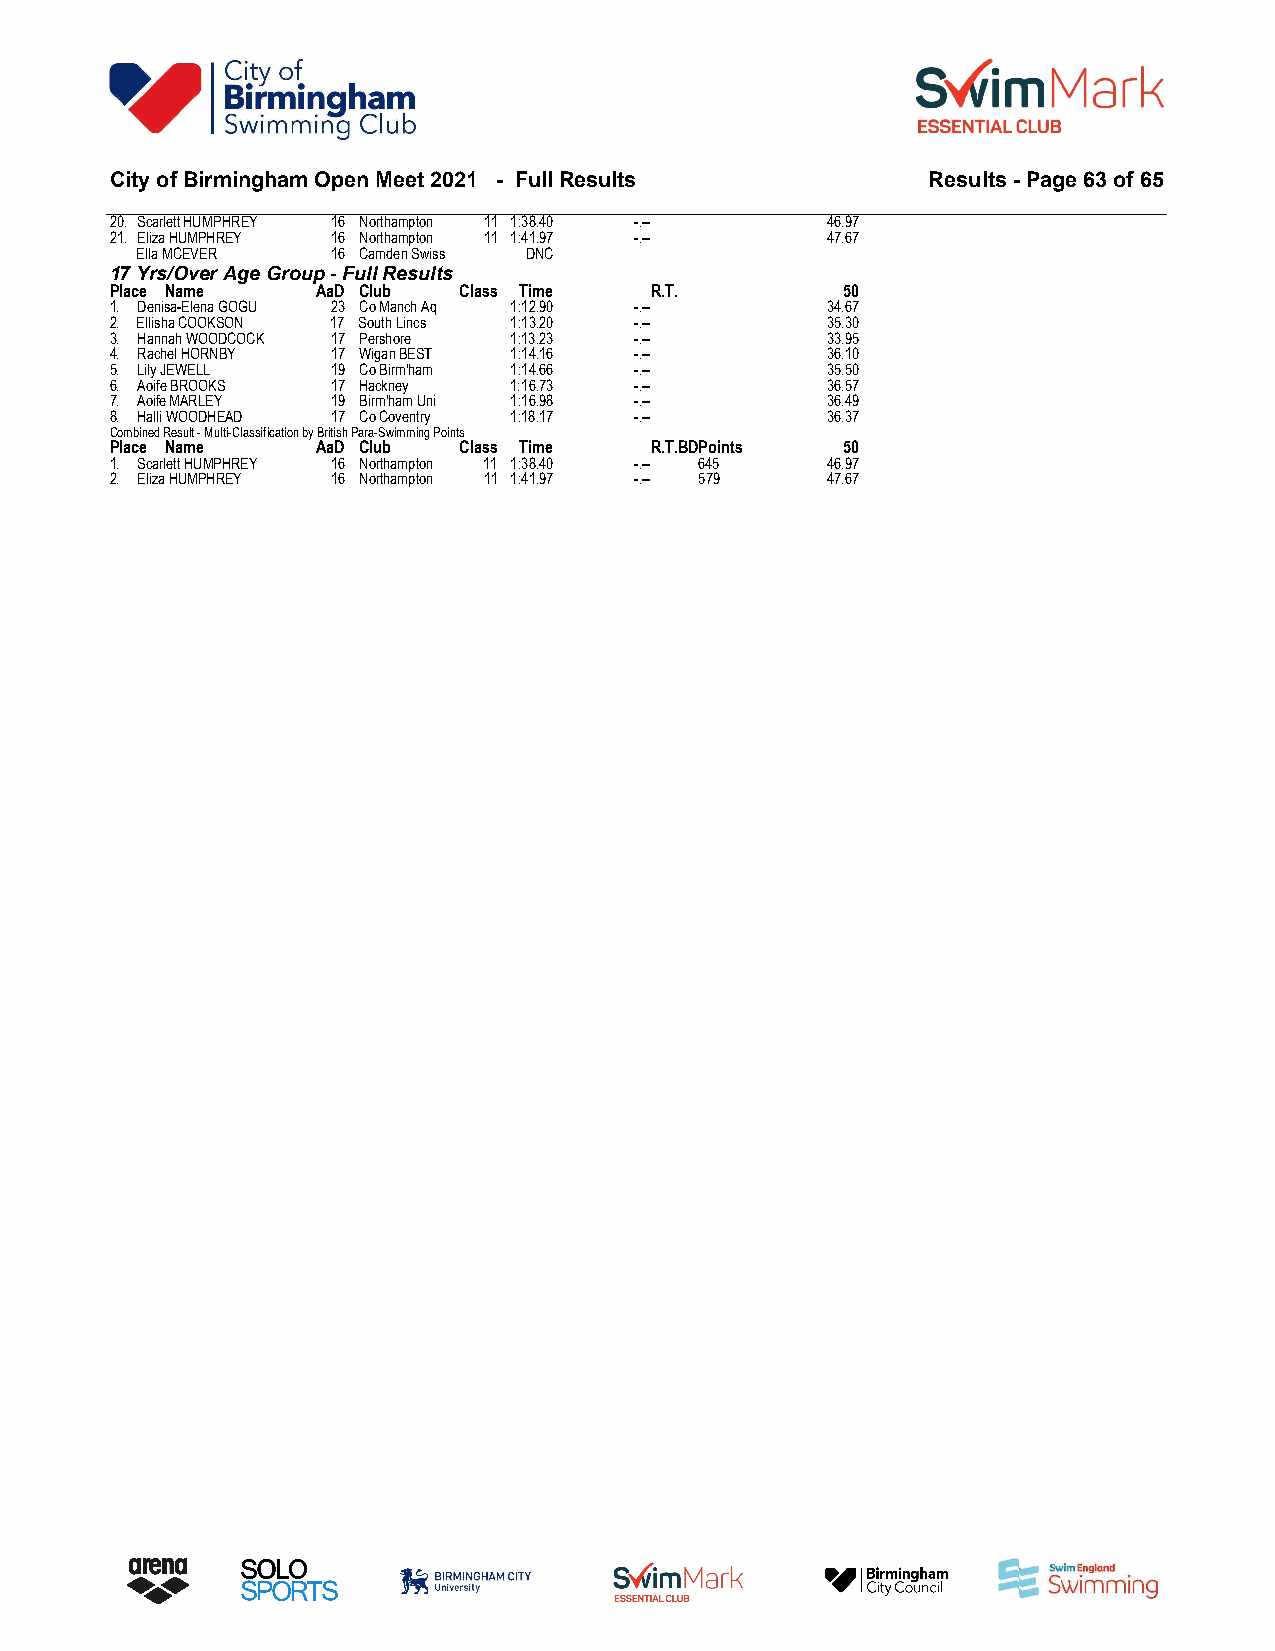
City of Birmingham Open Meet 2021 - Full Results       Results - Page 63 of 65
 20. Scarlett HUMPHREY 16 Northampton 11 1:38.40 -.-- 46.97
 21. Eliza HUMPHREY 16 Northampton 11 1:41.97 -.-- 47.67
 Ella MCEVER  16 Camden Swiss DNC
 17 Yrs/Over Age Group - Full Results
 Place Name    AaD Club Class Time   R.T.         50
 1. Denisa-Elena GOGU 23 Co Manch Aq 1:12.90 -.-- 34.67
 2. Ellisha COOKSON 17 South Lincs 1:13.20 -.--  35.30
 3. Hannah WOODCOCK 17 Pershore 1:13.23 -.--     33.95
 4. Rachel HORNBY 17 Wigan BEST 1:14.16 -.--     36.10
 5. Lily JEWELL 19 Co Birm'ham 1:14.66 -.--      35.50
 6. Aoife BROOKS 17 Hackney 1:16.73 -.--         36.57
 7. Aoife MARLEY 19 Birm'ham Uni 1:16.98 -.--    36.49
 8. Halli WOODHEAD 17 Co Coventry 1:18.17 -.--   36.37
 Combined Result - Multi-Classification by British Para-Swimming Points
 Place Name    AaD Club Class Time   R.T.BDPoints 50
 1. Scarlett HUMPHREY 16 Northampton 11 1:38.40 -.-- 645 46.97
 2. Eliza HUMPHREY 16 Northampton 11 1:41.97 -.-- 579 47.67